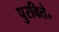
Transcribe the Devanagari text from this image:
पुरविते॰